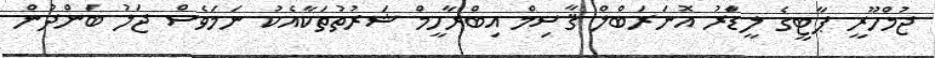
ޖުމްހޫރީ ޕާޓީގެ ލީޑާަރު އޮނަރަބްލް ޤާސިމް އިބްރާހީމް ޝަރުތުތަކާއެކު ނަމަވެސް ޖަލު ބަންދުން